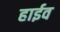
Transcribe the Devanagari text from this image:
हाईव